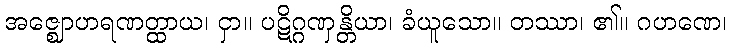
အဇ္ဈောဟရဏတ္ထာယ၊ ငှာ။ ပဋိဂ္ဂဏှန္တိယာ၊ ခံယူသော။ တဿာ၊ ၏။ ဂဟဏေ၊